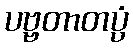
ပဗ္ဗတာတပ္ပံ